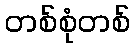
တစ်စုံတစ်